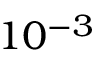
1 0 ^ { - 3 }